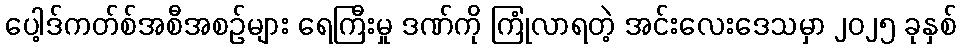
ပေါ့ဒ်ကတ်စ်အစီအစဉ်များ ရေကြီးမှု ဒဏ်ကို ကြုံလာရတဲ့ အင်းလေးဒေသမှာ ၂၀၂၅ ခုနှစ်